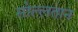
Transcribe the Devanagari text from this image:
सोल्लतान